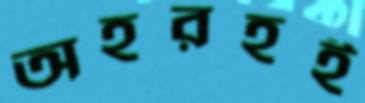
অহরহই